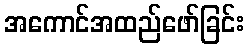
အကောင်အထည်ဖော်ခြင်း